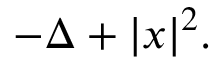
- \Delta + | x | ^ { 2 } .